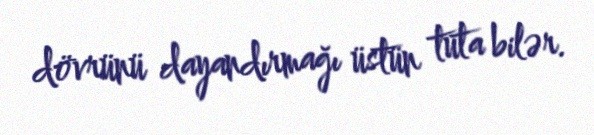
dövrünü dayandırmağı üstün tuta bilər.